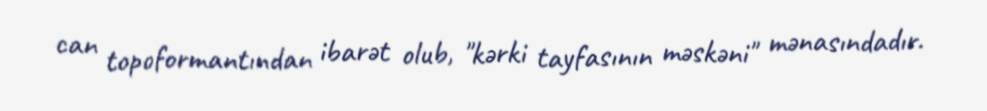
can topoformantından ibarət olub, "kərki tayfasının məskəni" mənasındadır.